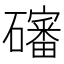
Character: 𱵁